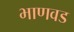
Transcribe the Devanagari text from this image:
भाणवड